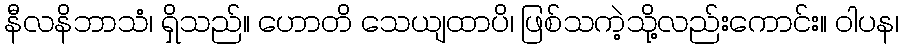
နီလနိဘာသံ၊ ရှိသည်။ ဟောတိ သေယျထာပိ၊ ဖြစ်သကဲ့သို့လည်းကောင်း။ ဝါပန၊